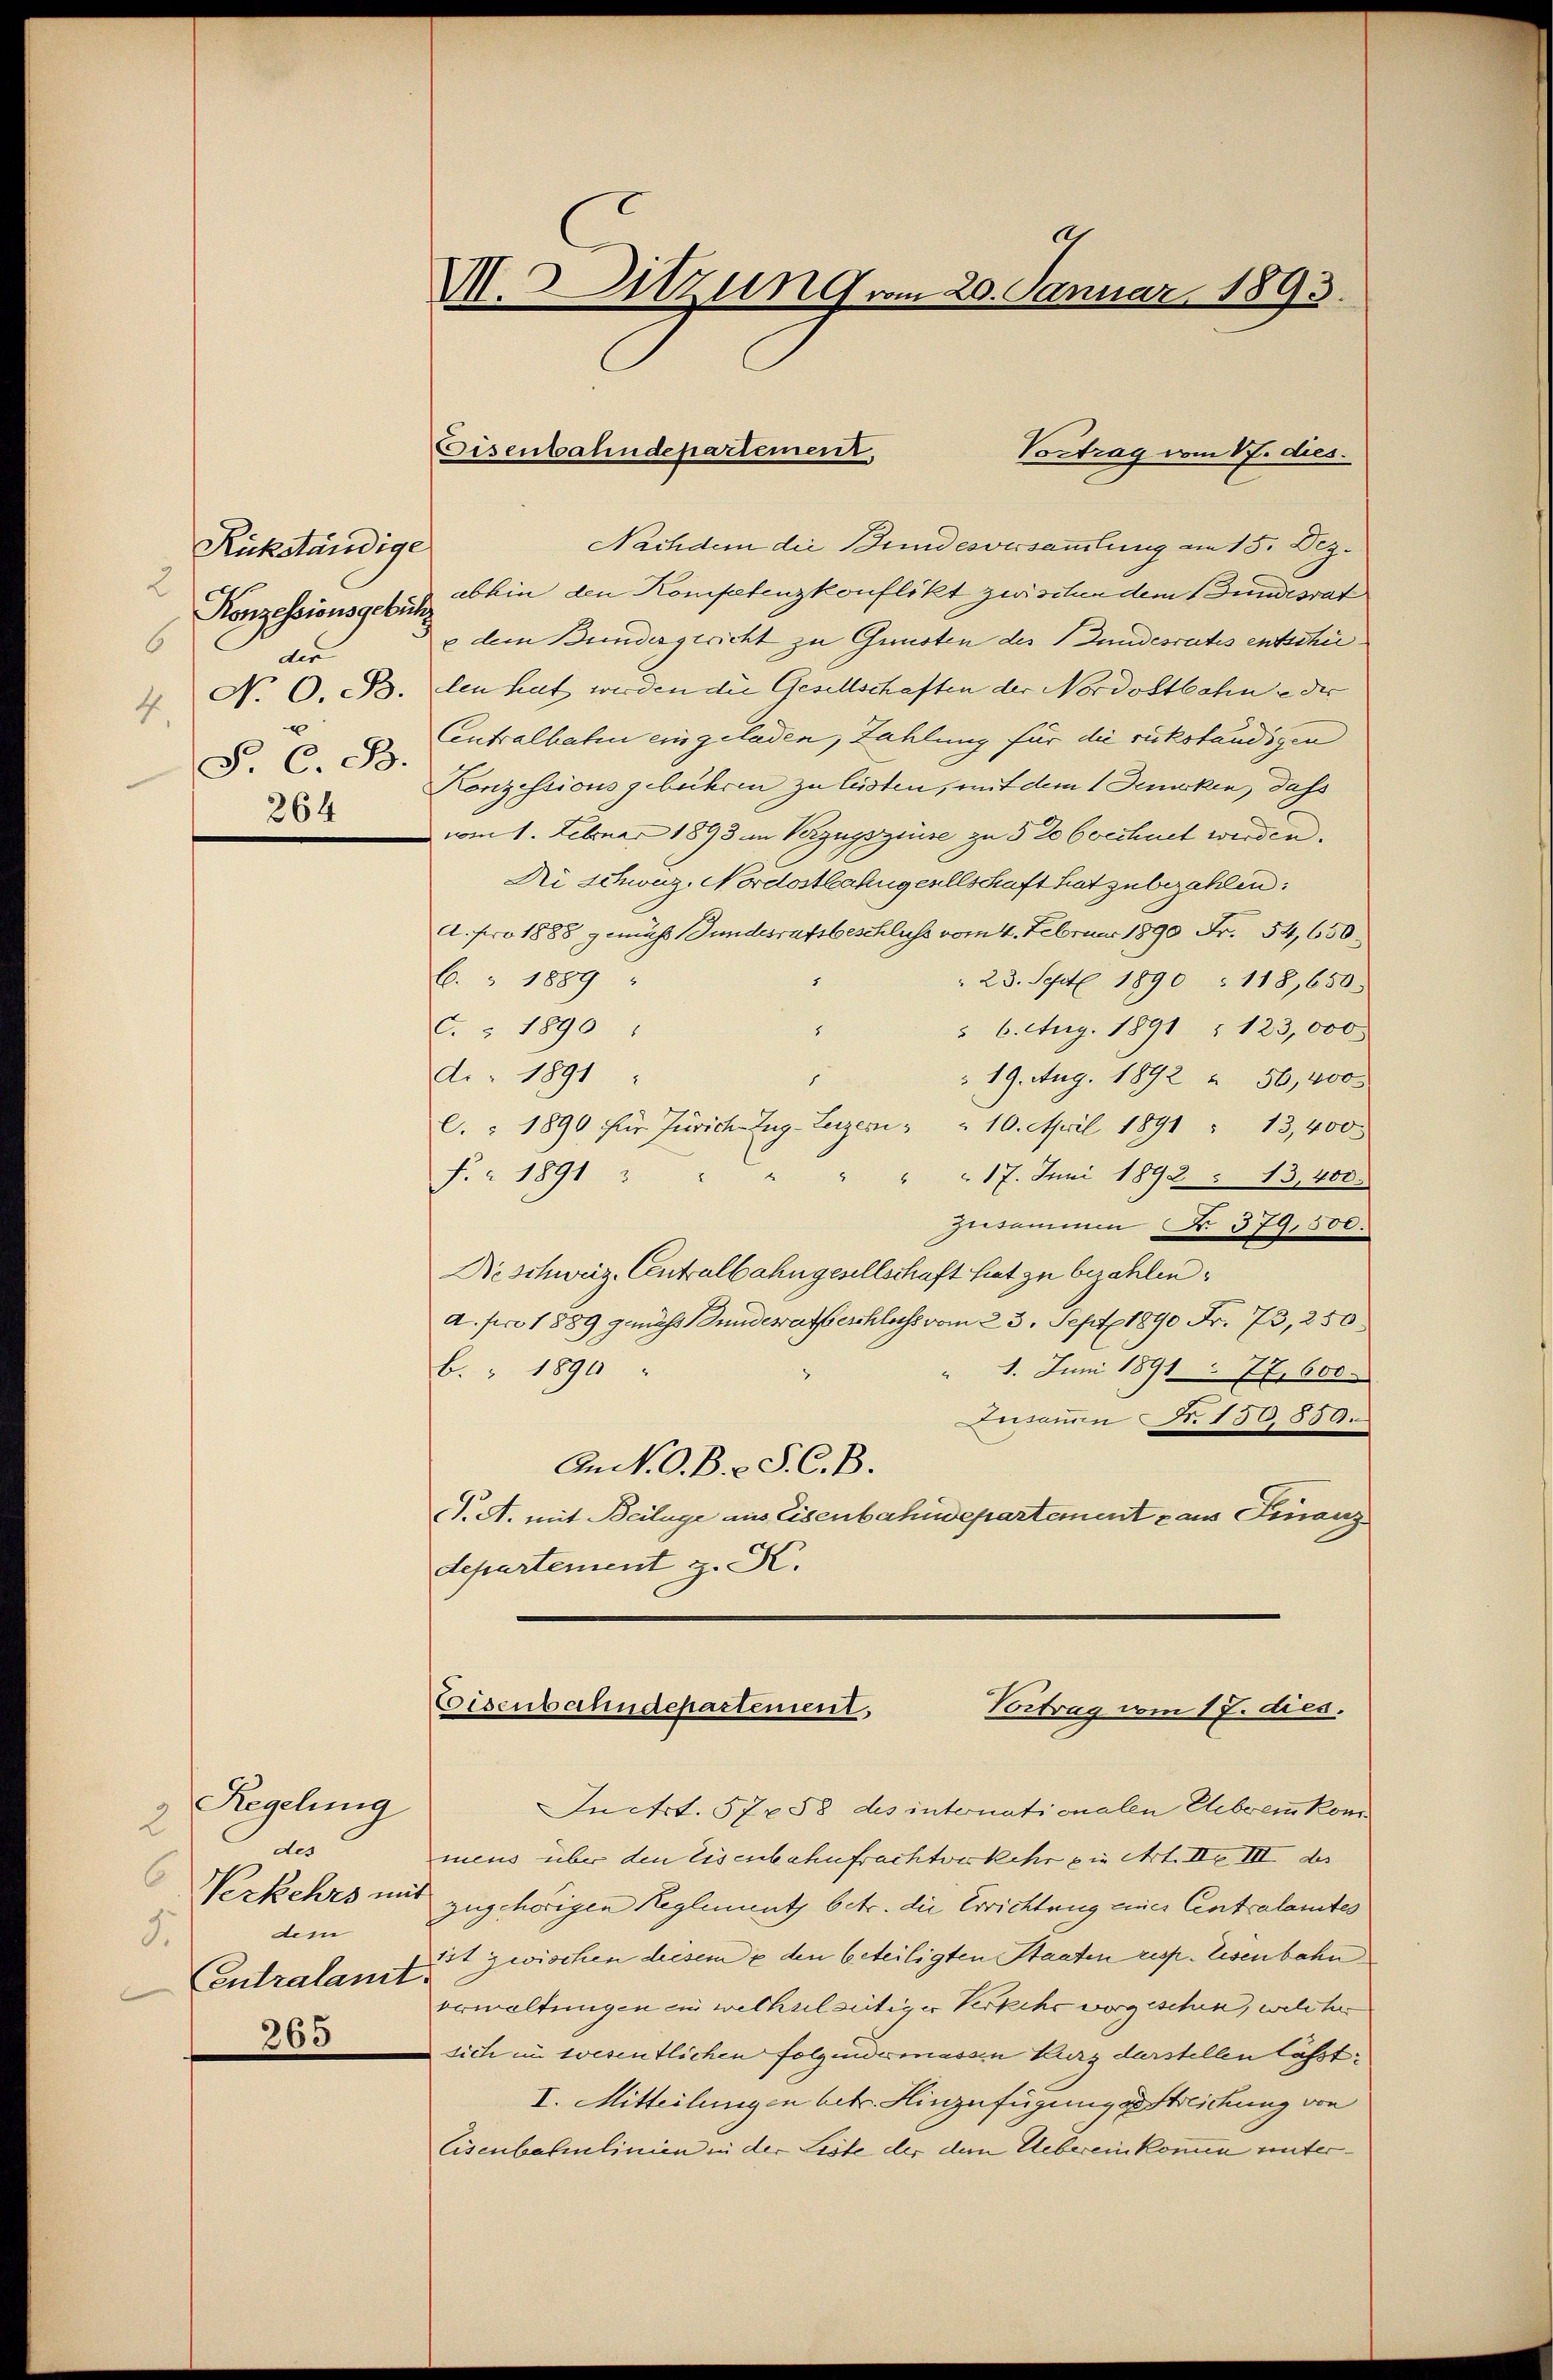
Rückständige
2
Konzessionsgebüh
6
der
No 0. B.
4.
x
F. C. B.
264

Regelung
2
des
6
Verkehrs im
dem
3.
entralamt
265

Al
V.SSitzung vom 20. Januar 1893.

Nachdem die Bundesversammlung am 15. Dez.
abhin den Kompetenzkonflikt zwischen dem Bundesrat
u dem Bundergericht zu Gunsten des Zundesrates entschielen hat werden die Gesellschaften der Nordostbahne der
Contralhaben eingeladen, Zahlung für die rückständigen
Konzessionsgebühren zu leisten, mit dem 1 Denken, dass
vom 1. Februar 1893 im Verzugszinse zu 5 2 Cocchnet werden.
Ni schwaz. Nordostbahngenllschaft hat zubezahlen:
A. pro 1888 gemäß Gundesratsbeschluss vom 4. Februar 1890 Fr. 54,650.
6. 1889
 23. Sept 1890 : 118,650.
C. § 1890
 6. Aug. 1891 (123,000
8
di. 1891
 19. Aug. 1892 " 56,400
1
. " 1890 für Zürich Zug-Luzern " " 10. April 1891 " 13,400
" " " 17. Juni 1892 § 13,400.
F. à 1891
Zusammen Fr. 379,500.
Die schweiz. Centralbahngesellschaft hat zu bezahlen.
a. pro 1889 genuss Gundesratheschluss vom 23. Sept 1890 Fr. 73, 250
b. " 1890 "
1. Juni 1891. 77. 600
Jusaue Nr. 150,850.
An N. O. B. C. S. C. B.
J. A. mit Beilage aus Eisenbahndepartement aus Finanz
departement z. K.
Coisenbahndepartement.
Vortrag vom 17. dies.
In Art. 57258 des internationalen Ehebremkom
meus über den Eisenbahnfrachtverkehr die Art. II. III des
zugehörigen Reglement betr. die Errichtung einer Centralamtes
ist zwischen diesem e den beteiligten Staaten resp. Lesenbahn
verwaltungen ein wechselseitiger Verkehr vorgeschen, welcher
sich im wesentlichen Folgendermassen Kurz darstellen lässt.
I. Mitteilungen betr. Hinzufügungsstreichung von
Eisenbahnlinien in der Liste der dem Uebereinkommen unter¬

Eisenbahndepartement.

Vortrag vom 17. dies